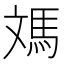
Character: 𩢌